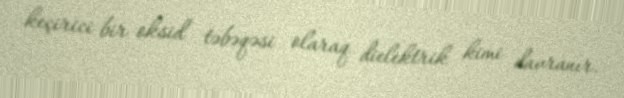
keçirici bir oksid təbəqəsi olaraq dielektrik kimi davranır.